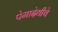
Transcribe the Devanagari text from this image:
पेमादेवीचे